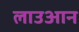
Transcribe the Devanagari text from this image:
लाउआन